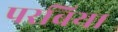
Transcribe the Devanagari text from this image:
परबिया